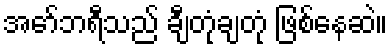
အော်ဘရီသည် ချီတုံချတုံ ဖြစ်နေဆဲ။